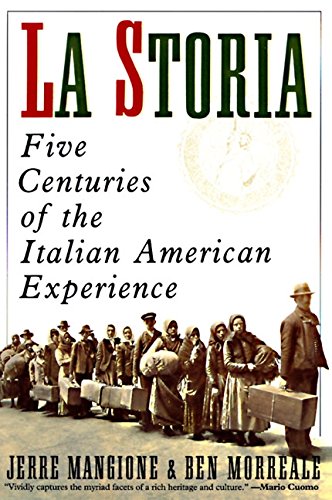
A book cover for La Storia: Five Centuries of the Italian American Experience; Jerre Mangione; History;